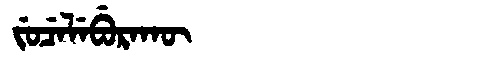
Manchu: ᠵᡠᠴᡝᠯᡝᠪᡠᡵᠠᡴᡡ
Romanization: JUCELEBURAKŪ